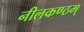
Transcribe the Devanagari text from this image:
नीलकण्ठम्